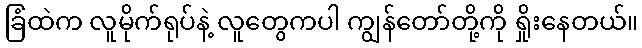
ခြံထဲက လူမိုက်ရုပ်နဲ့ လူတွေကပါ ကျွန်တော်တို့ကို ရှိုးနေတယ်။